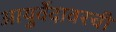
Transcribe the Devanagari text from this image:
आयुर्वेदावरची